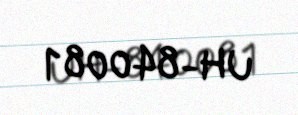
UH-840081